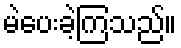
မဲပေးခဲ့ကြသည်။